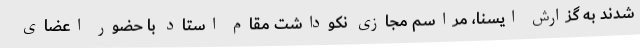
شدند به گزارش ایسنا، مراسم مجازی نکوداشت مقام استاد با حضور اعضای